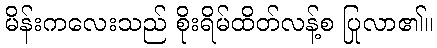
မိန်းကလေးသည် စိုးရိမ်ထိတ်လန့်စ ပြုလာ၏။